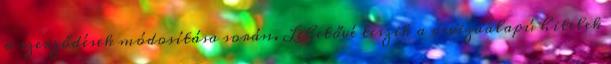
a szerződések módosítása során. Lehetővé teszik a devizaalapú hitelek